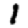
Digit: 1